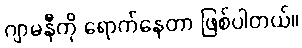
ဂျာမနီကို ရောက်နေတာ ဖြစ်ပါတယ်။